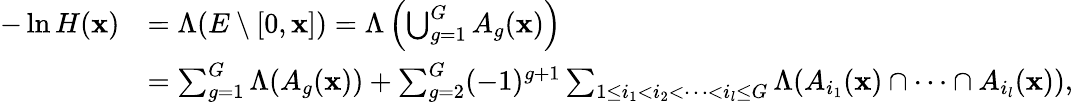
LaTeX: \begin{array}{rl}{-\ln H(\textbf{x})}&{=\Lambda(E\setminus[0,\textbf{x}])=\Lambda\left(\bigcup_{g=1}^{G}A_{g}(\textbf{x})\right)}\\ &{=\sum_{g=1}^{G}\Lambda(A_{g}(\textbf{x}))+\sum_{g=2}^{G}(-1)^{g+1}\sum_{1\leq i_{1}<i_{2}<\dots<i_{l}\leq G}\Lambda(A_{i_{1}}(\textbf{x})\cap\dots\cap A_{i_{l}}(\textbf{x})),}\end{array}